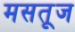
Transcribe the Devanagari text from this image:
मसतूज